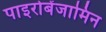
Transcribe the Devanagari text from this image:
पाइरोबेंजामिन